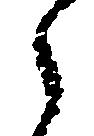
之